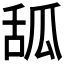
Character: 𦧔